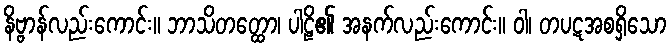
နိဗ္ဗာန်လည်းကောင်း။ ဘာသိတတ္ထော၊ ပါဠိ၏ အနက်လည်းကောင်း။ ဝါ၊ တပဋအစရှိသော